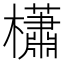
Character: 櫹